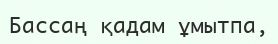
Бассаң қадам ұмытпа,